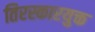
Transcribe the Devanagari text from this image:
तिरस्कारयुक्त